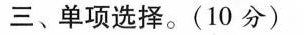
三、单项选择.(10 分)